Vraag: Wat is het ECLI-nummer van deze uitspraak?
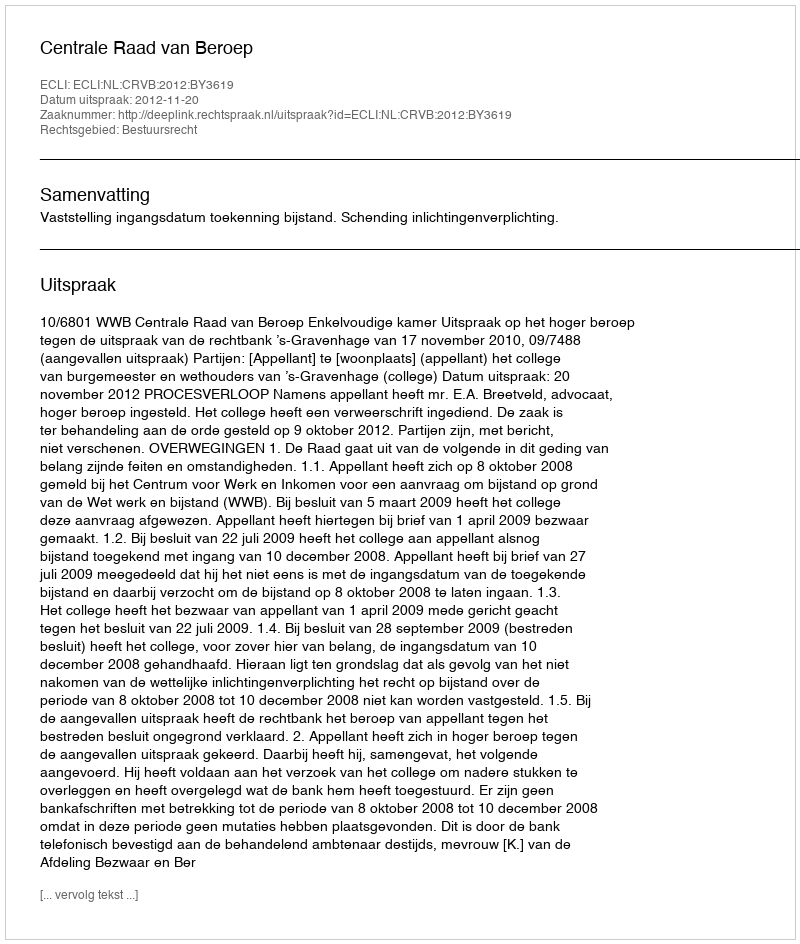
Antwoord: ECLI:NL:CRVB:2012:BY3619